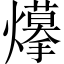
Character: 𤑮